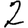
Digit: 2